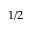
1 / 2